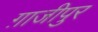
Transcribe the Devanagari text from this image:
ग़ाजीपुर